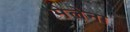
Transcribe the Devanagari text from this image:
मेलेना